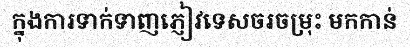
ក្នុងការទាក់ទាញភ្ញៀវទេសចរចម្រុះ មកកាន់